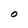
Character: O